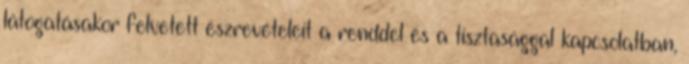
látogatásakor felvetett észrevételeit a renddel és a tisztasággal kapcsolatban,